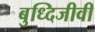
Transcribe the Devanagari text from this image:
बुध्दिजीवी